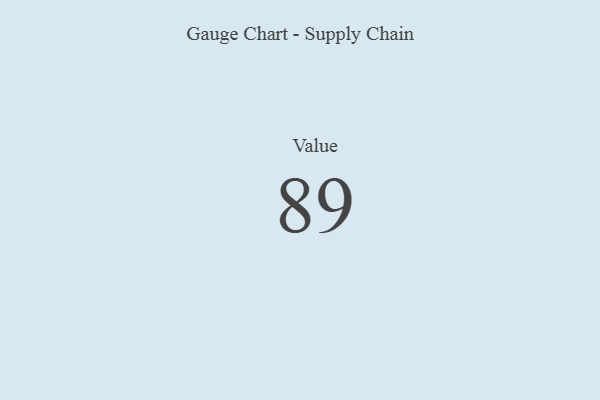
{"axis": {"x": "Metric", "y": "Value"}, "legend": [""], "data": [{"x": "Value", "y": 89, "type": ""}]}